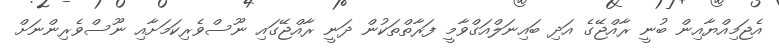
އެޖަމިއްޔާއިން ބުނީ ރާއްޖޭގެ އަދި ބައިނަލްއަގްވާމީ ފަރާތްތަކުން ދަނީ ރާއްޖޭގައި ނޫސްވެރިކަމަށާއި ނޫސްވެރިންނަށް